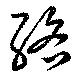
絡